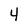
Character: 4